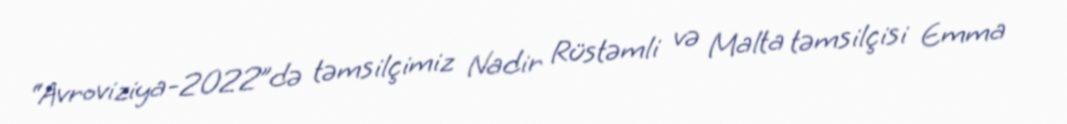
“Avroviziya-2022”də təmsilçimiz Nadir Rüstəmli və Malta təmsilçisi Emma